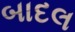
બાદલ